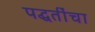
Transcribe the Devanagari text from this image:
पद्घतींचा